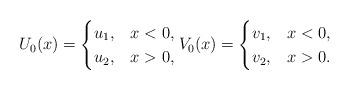
LaTeX: \begin{align*}U_0(x)=\begin{cases} u_1, &x<0,\\u_2, & x>0,\end{cases} V_0(x)=\begin{cases} v_1, &x<0,\\v_2, & x>0.\end{cases}\end{align*}